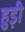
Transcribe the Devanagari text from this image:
हुड़ी